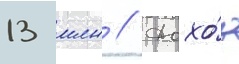
13 млн // Дохо́д